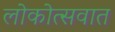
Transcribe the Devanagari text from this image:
लोकोत्सवात